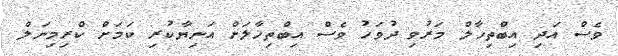
ވެސް އަދި އިބްތިހާލް މަރުވި ދުވަހު ވެސް އިބްތިހާލަށް އަނިޔާކުރި ކަމަށް ކްރިމިނަލް